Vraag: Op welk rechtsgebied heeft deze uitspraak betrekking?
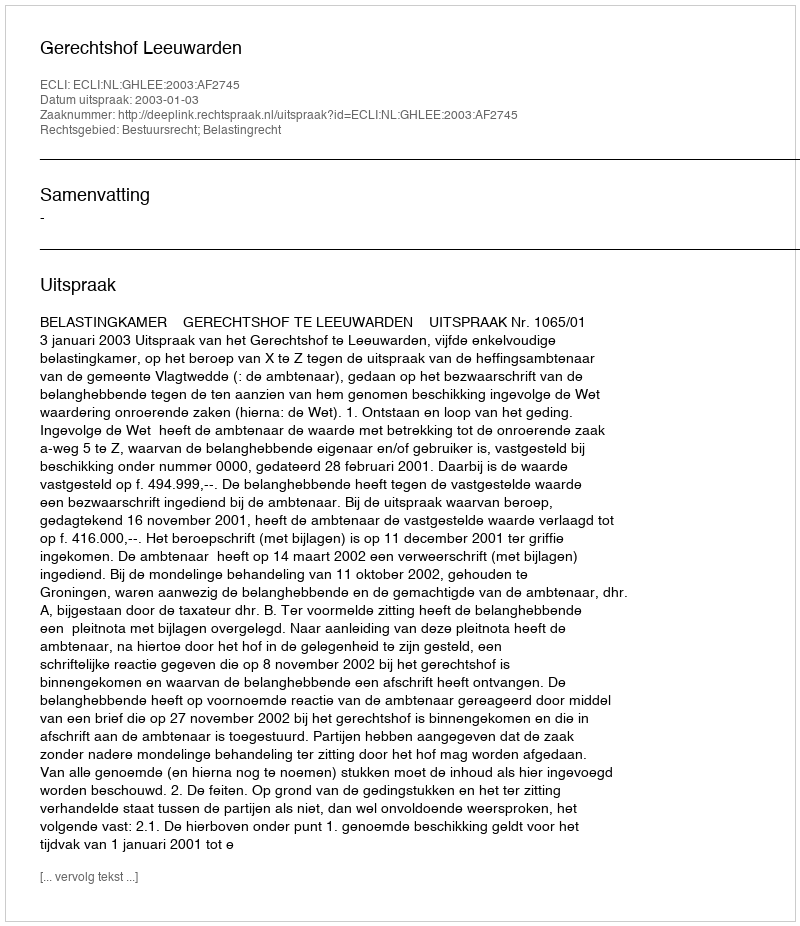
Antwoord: Bestuursrecht; Belastingrecht